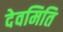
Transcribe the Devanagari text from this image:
देवमिति